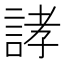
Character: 誟